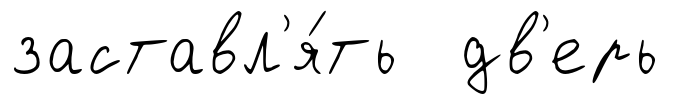
заставл'я́ть дв'ерь